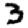
Digit: 3